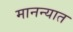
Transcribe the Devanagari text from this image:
मानन्यात